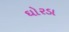
ઘોરડા